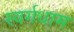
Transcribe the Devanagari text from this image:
स्वर्गधाम